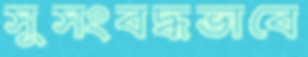
সুসংবদ্ধভাবে